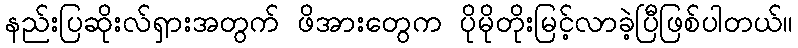
နည်းပြဆိုးလ်ရှားအတွက် ဖိအားတွေက ပိုမိုတိုးမြင့်လာခဲ့ပြီဖြစ်ပါတယ်။